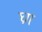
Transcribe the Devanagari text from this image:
घ्रग